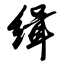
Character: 缉